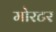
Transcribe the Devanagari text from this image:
मोरटर